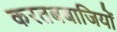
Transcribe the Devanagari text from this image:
करतबबाजियों